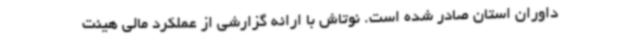
داوران استان صادر شده است. نوتاش با ارائه گزارشی از عملکرد مالی هیئت